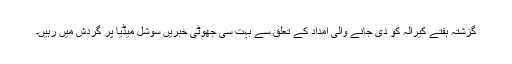
گزشتہ ہفتے کیرالہ کو دی جانے والی امداد کے تعلق سے بہت سی جھوٹی خبریں سوشل میڈیا پر گردش میں رہیں۔